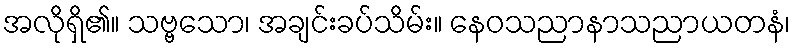
အလိုရှိ၏။ သဗ္ဗသော၊ အချင်းခပ်သိမ်း။ နေဝသညာနာသညာယတနံ၊